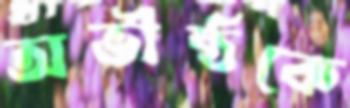
অভীষ্ঠকে